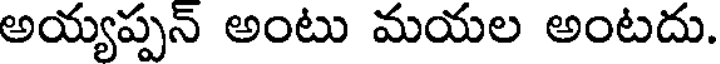
అయ్యప్పన్ అంటు మయల అంటదు.